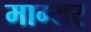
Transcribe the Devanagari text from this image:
माग्यर